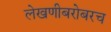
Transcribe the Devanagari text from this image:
लेखणीबरोबरच